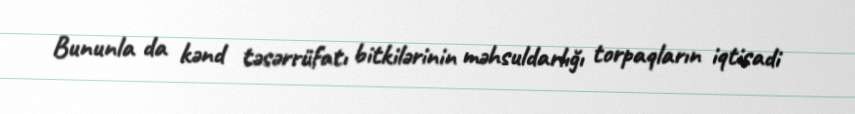
Bununla da kənd təsərrüfatı bitkilərinin məhsuldarlığı torpaqların iqtisadi